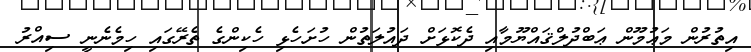
އިތުރުން މަޢުމޫން ޢަބްދުލްޤައްޔޫމާއި ދެކޮޅަށް ދައުލަތުން ހުށަހެޅި ހެކިންގެ ތެރޭގައި ހިމެނެނީ ސިއްރު